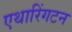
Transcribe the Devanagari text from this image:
एथारिंगटन